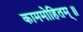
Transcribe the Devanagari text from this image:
काममोहितम्॥